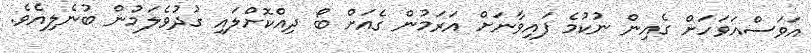
އަވަސްއަވަހަށް ގެއިން ނުކުމެ ފައިވާނަށް އަރަމުން ގެއަށް ބޯ ދިއްކޮށްލައި ގުދުވެލަމުން ބުނެލިއެވެ.